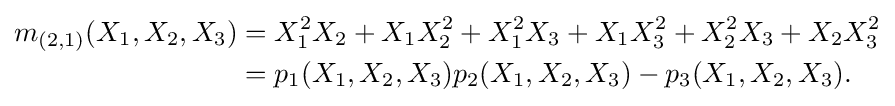
{\begin{aligned}m_{(2,1)}(X_{1},X_{2},X_{3})&=X_{1}^{2}X_{2}+X_{1}X_{2}^{2}+X_{1}^{2}X_{3}+X_{1}X_{3}^{2}+X_{2}^{2}X_{3}+X_{2}X_{3}^{2}\\&=p_{1}(X_{1},X_{2},X_{3})p_{2}(X_{1},X_{2},X_{3})-p_{3}(X_{1},X_{2},X_{3}).\end{aligned}}